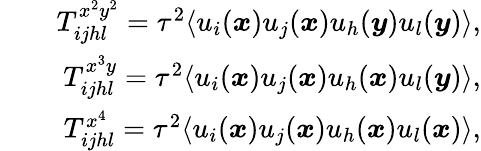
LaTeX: \begin{array}{rlr}&{}&{T_{ijhl}^{x^{2}y^{2}}=\tau^{2}\langle u_{i}(\boldsymbol{x})u_{j}(\boldsymbol{x})u_{h}(\boldsymbol{y})u_{l}(\boldsymbol{y})\rangle,}\\ &{}&{T_{ijhl}^{x^{3}y}=\tau^{2}\langle u_{i}(\boldsymbol{x})u_{j}(\boldsymbol{x})u_{h}(\boldsymbol{x})u_{l}(\boldsymbol{y})\rangle,}\\ &{}&{T_{ijhl}^{x^{4}}=\tau^{2}\langle u_{i}(\boldsymbol{x})u_{j}(\boldsymbol{x})u_{h}(\boldsymbol{x})u_{l}(\boldsymbol{x})\rangle,}\end{array}